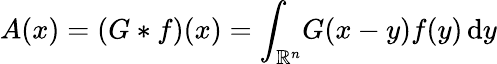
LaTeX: A(x)=(G*f)(x)=\int_{\mathbb{R}^{n}}\! G(x-y)f(y)\, \mathrm{d}y